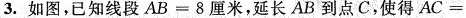
3.如图，已知线段$$A B = 8 厘 米$$，延长AB到点C，使得$$A C =